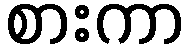
စားကာ